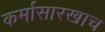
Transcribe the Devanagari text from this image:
कर्मासारखाच